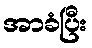
အာခံပြီး